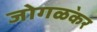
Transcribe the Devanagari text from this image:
जोगळ॓कर